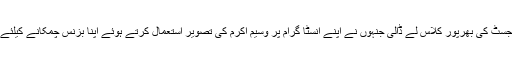
اسٹارکرکٹر وسیم اکرم کی آسٹریلین نژاد اہلیہ نے لاہور سے تعلق رکھنے والی ایک ڈرماٹولوجسٹ کی بھرپور کلاس لے ڈالی جنہوں نے اپنے انسٹا گرام پر وسیم اکرم کی تصویر استعمال کرتے ہوئے اپنا بزنس چمکانے کیلئے یہ تک لکھ ڈالا کہ وسیم اکرم کی بوٹوکس اور فلر ٹریٹمنٹس صحیح طور سے نہیں کی گئیں۔